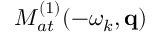
{ \cal M } _ { a t } ^ { ( 1 ) } ( - \omega _ { k } , \mathbf { q } )